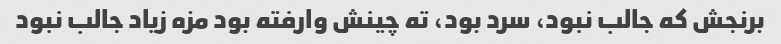
برنجش که جالب نبود، سرد بود، ته چینش وارفته بود مزه زیاد جالب نبود